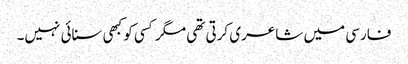
فارسی میں شاعری کرتی تھی مگر کسی کو کبھی سنائی نہیں۔